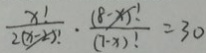
\frac { x ! } { 2 ( x - 2 ) ! } \cdot \frac { ( 8 - x ) ! } { ( 7 - x ) ! } = 3 0